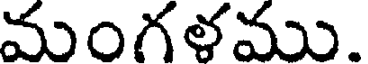
మంగళము.